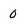
Character: 0